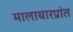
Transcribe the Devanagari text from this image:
मालाबारप्रांत